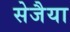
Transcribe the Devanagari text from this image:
सेजैया